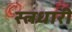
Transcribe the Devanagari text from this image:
स्त्नधारी